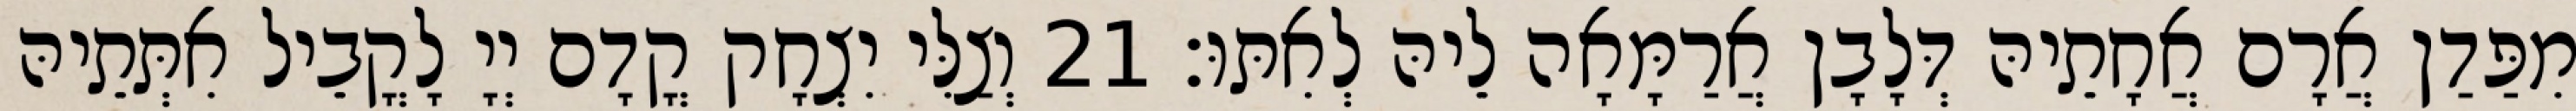
מִפַּדַן אֲרָם אֲחָתֵיהּ דְּלָבָן אֲרַמָּאָה לֵיהּ לְאִתּוּ׃ 21 וְצַלִּי יִצְחָק קֳדָם יְיָ לָקֳבֵיל אִתְּתֵיהּ